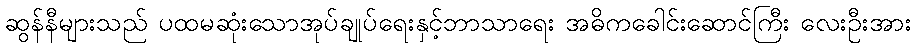
ဆွန်နီများသည် ပထမဆုံးသောအုပ်ချုပ်ရေးနှင့်ဘာသာရေး အဓိကခေါင်းဆောင်ကြီး လေးဦးအား